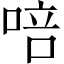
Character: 㖣